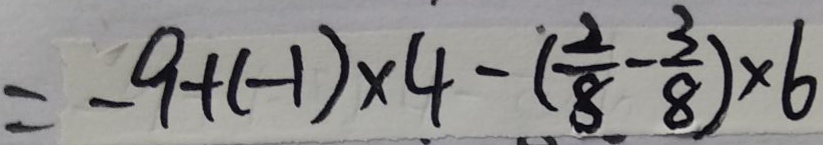
= - 9 + ( - 1 ) \times 4 - ( \frac { 2 } { 8 } - \frac { 3 } { 8 } ) \times 6